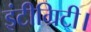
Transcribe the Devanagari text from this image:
इंटीग्रिटी।